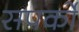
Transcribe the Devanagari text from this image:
सपर्को